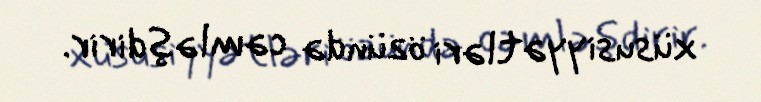
xüsusiyyətləri özündə cəmləşdirir.